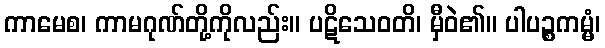
ကာမေစ၊ ကာမဂုဏ်တို့ကိုလည်း။ ပဋိသေဝတိ၊ မှီဝဲ၏။ ပါပဉ္စကမ္မံ၊